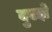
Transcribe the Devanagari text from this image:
दुएझे